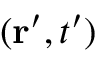
( \mathbf { r } ^ { \prime } , t ^ { \prime } )